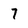
Character: 7